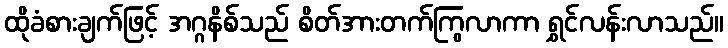
ထိုခံစားချက်ဖြင့် အဂ္ဂနိစ်သည် စိတ်အားတက်ကြွလာကာ ရွှင်လန်းလာသည်။